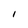
Character: 1